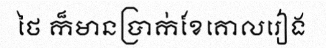
ថៃ ក៏មានប្រាក់ខែគោលរៀង